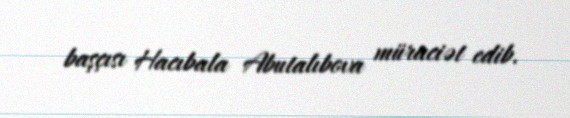
başçısı Hacıbala Abutalıbova müraciət edib.